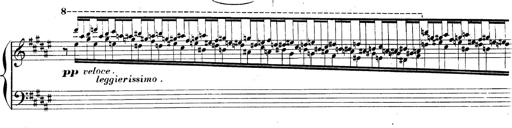
Title: AnnÃ©es de pÃ¨lerinage II, SupplÃ©ment
Composer: Franz Liszt